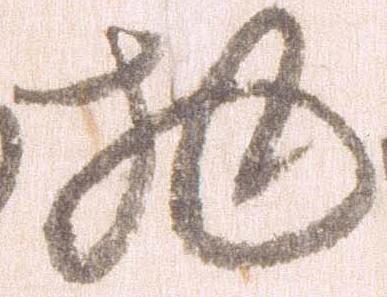
物